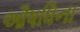
ઔષધિના